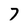
Character: 7